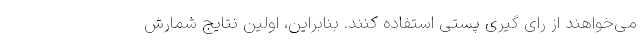
می‌خواهند از رای گیری پستی استفاده کنند. بنابراین، اولین نتایج شمارش